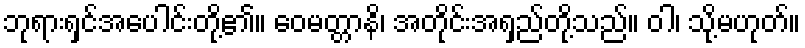
ဘုရားရှင်အပေါင်းတို့၏။ ဝေမတ္တာနိ၊ အတိုင်းအရှည်တို့သည်။ ဝါ၊ သို့မဟုတ်။